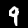
Label: 9